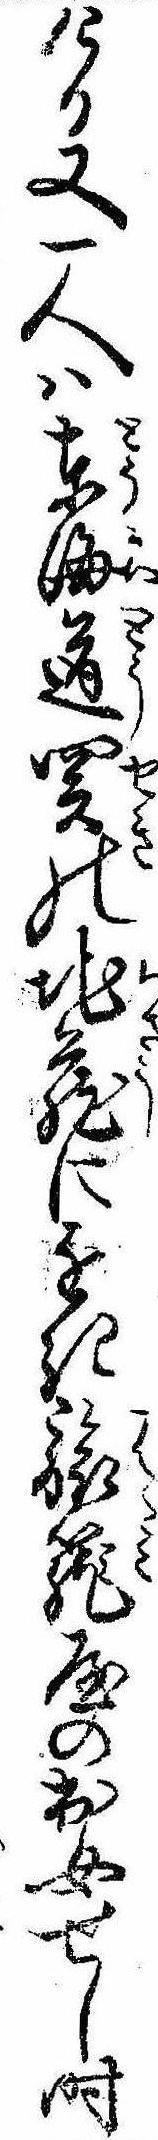
ける又一人は東海道関の地蔵に近き旅篭屋の出女せし時